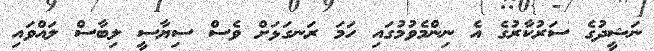
ނަޝީދުގެ ސަރުކާރުގެ އެ ނިންމެވުމުގައި ހަމަ ރަނގަޅަށް ވެސް ސިޔާސީ ލިބާސް ލައްވައި